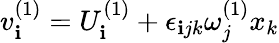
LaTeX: v_{\mathbf{i}}^{(1)}=U_{\mathbf{i}}^{(1)}+\epsilon_{\mathbf{i}jk}\omega_{j}^{(1)}x_{k}